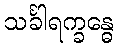
သင်္ခါရက္ခန္ဓေ